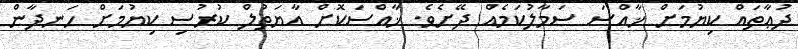
ދުޢާތައް ކިޔުމަށް ޚާއްސަ ސަމާލުކަމެއް ދޭށެވެ. ޚާއްސަކޮށް އާޔަތުލް ކުރުސި ކިޔުމަށް ހަނދާން